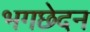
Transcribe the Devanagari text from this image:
भगछेदन